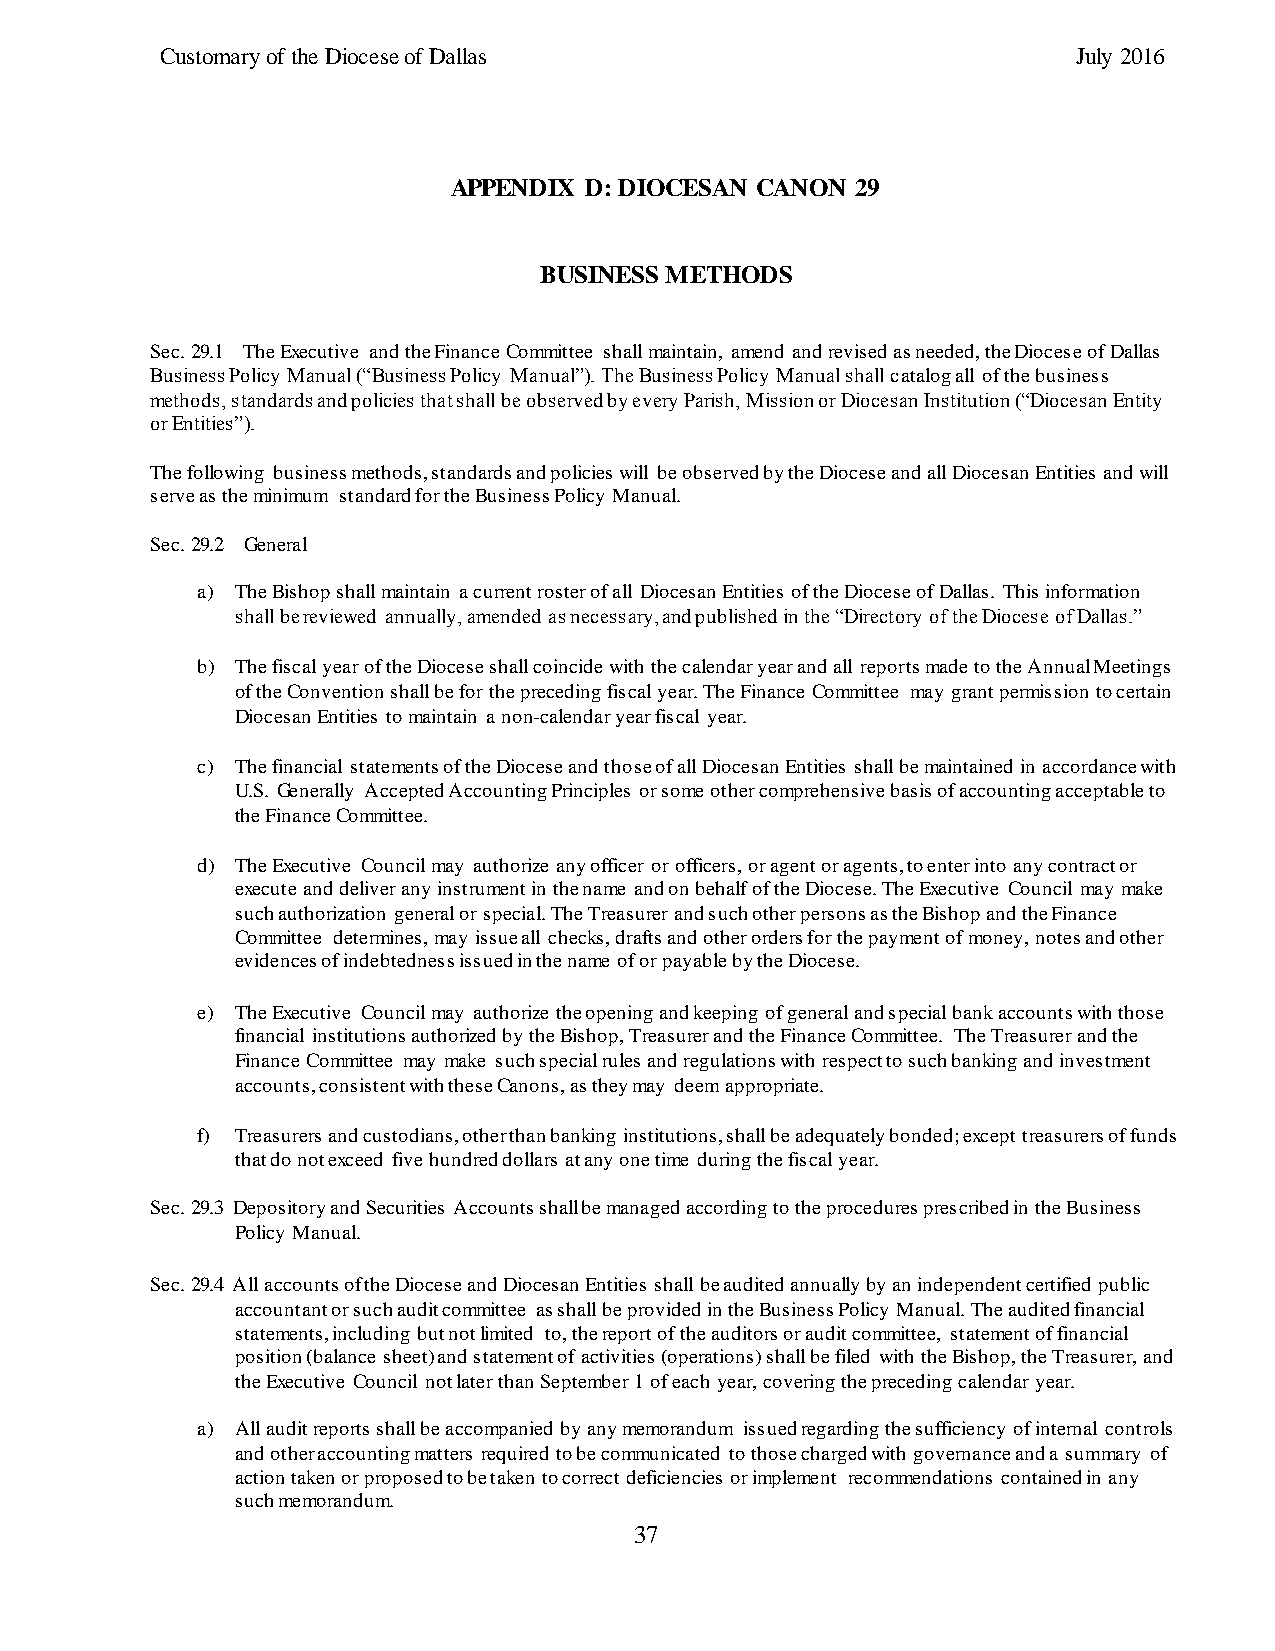
Customary of the Diocese of Dallas                          July 2016
 APPENDIX D: DIOCESAN CANON 29
 BUSINESS METHODS
 Sec. 29.1 The Executive and the Finance Committee shall maintain, amend and revised as needed, the Diocese of Dallas
 Business Policy Manual (“Business Policy Manual”). The Business Policy Manual shall catalog all of the business
 methods, standards and policies that shall be observed by every Parish, Mission or Diocesan Institution (“Diocesan Entity
 or Entities”).
 The following business methods, standards and policies will be observed by the Diocese and all Diocesan Entities and will
 serve as the minimum standard for the Business Policy Manual.
 Sec. 29.2 General
 a) The Bishop shall maintain a current roster of all Diocesan Entities of the Diocese of Dallas. This information
 shall be reviewed annually, amended as necessary, and published in the “Directory of the Diocese of Dallas.”
 b) The fiscal year of the Diocese shall coincide with the calendar year and all reports made to the Annual Meetings
 of the Convention shall be for the preceding fiscal year. The Finance Committee may grant permission to certain
 Diocesan Entities to maintain a non-calendar year fiscal year.
 c) The financial statements of the Diocese and those of all Diocesan Entities shall be maintained in accordance with
 U.S. Generally Accepted Accounting Principles or some other comprehensive basis of accounting acceptable to
 the Finance Committee.
 d) The Executive Council may authorize any officer or officers, or agent or agents, to enter into any contract or
 execute and deliver any instrument in the name and on behalf of the Diocese. The Executive Council may make
 such authorization general or special. The Treasurer and such other persons as the Bishop and the Finance
 Committee determines, may issue all checks, drafts and other orders for the payment of money, notes and other
 evidences of indebtedness issued in the name of or payable by the Diocese.
 e) The Executive Council may authorize the opening and keeping of general and special bank accounts with those
 financial institutions authorized by the Bishop, Treasurer and the Finance Committee. The Treasurer and the
 Finance Committee may make such special rules and regulations with respect to such banking and investment
 accounts, consistent with these Canons, as they may deem appropriate.
 f) Treasurers and custodians, other than banking institutions, shall be adequately bonded; except treasurers of funds
 that do not exceed five hundred dollars at any one time during the fiscal year.
 Sec. 29.3 Depository and Securities Accounts shall be managed according to the procedures prescribed in the Business
 Policy Manual.
 Sec. 29.4 All accounts of the Diocese and Diocesan Entities shall be audited annually by an independent certified public
 accountant or such audit committee as shall be provided in the Business Policy Manual. The audited financial
 statements, including but not limited to, the report of the auditors or audit committee, statement of financial
 position (balance sheet) and statement of activities (operations) shall be filed with the Bishop, the Treasurer, and
 the Executive Council not later than September 1 of each year, covering the preceding calendar year.
 a) All audit reports shall be accompanied by any memorandum issued regarding the sufficiency of internal controls
 and other accounting matters required to be communicated to those charged with governance and a summary of
 action taken or proposed to be taken to correct deficiencies or implement recommendations contained in any
 such memorandum.
 37